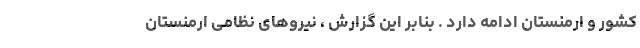
کشور و ارمنستان ادامه دارد . بنابر این گزارش ، نیروهای نظامی ارمنستان